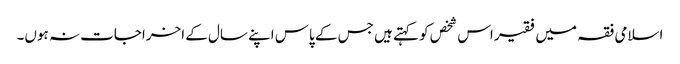
اسلامی فقہ میں فقیر اس شخص کو کہتے ہیں جس کے پاس اپنے سال کے اخراجات نہ ہوں۔